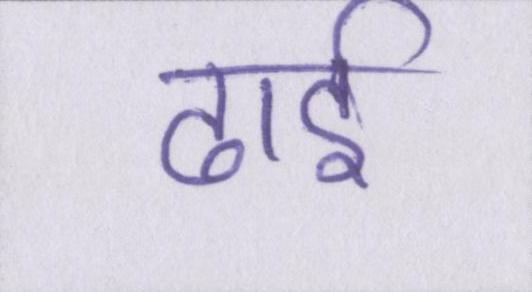
ढाई